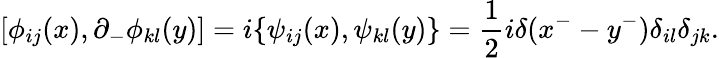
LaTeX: [\phi_{ij}(x),\partial_{-}\phi_{kl}(y)]=i\{ \psi_{ij}(x),\psi_{kl}(y)\} =\frac{1}{2}i\delta(x^{-}-y^{-})\delta_{il}\delta_{jk}.